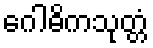
ဂေါဓိကသုတ္တံ